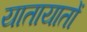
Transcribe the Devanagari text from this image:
यातायातों